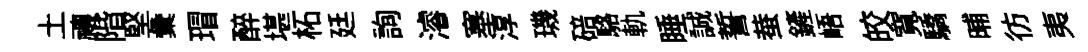
土禳階堅彙瑁醉堪柘廷詢濬塞淳璣碚駱軌睡誠誓蛬鏟峿皎寬驕晡彷夷